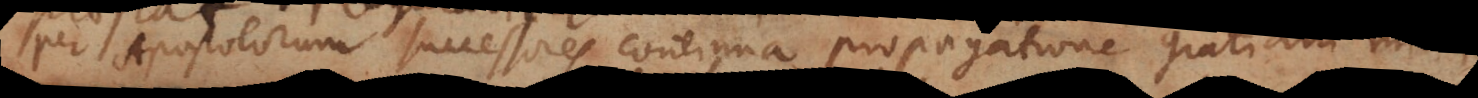
per Apostolorum successores continua propagatione gratiam